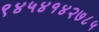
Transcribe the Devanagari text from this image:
९४५४१४२७८५